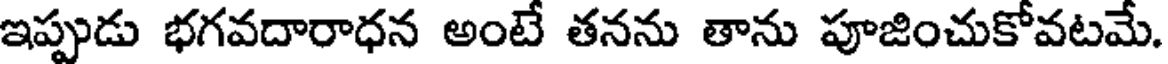
ఇప్పుడు భగవదారాధన అంటే తనను తాను పూజించుకోవటమే.